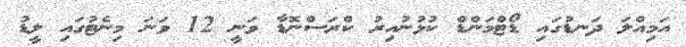
އަމިއްލަ ދަނޑުގައި ޑޯޓްމަންޑް ކުޅުނުއިރު ކްރަސްނޮޑާ ވަނީ 12 ވަނަ މިނެޓުގައި ލީޑު